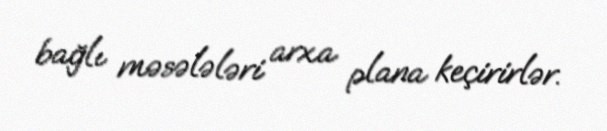
bağlı məsələləri arxa plana keçirirlər.